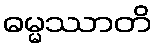
ဓမ္မဿာတိ